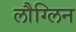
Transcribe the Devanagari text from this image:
लौग्लिन